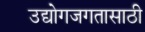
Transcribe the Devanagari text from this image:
उद्योगजगतासाठी